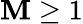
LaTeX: \mathbf{M}\geq1